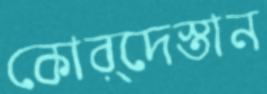
কোর্দেস্তান